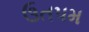
ઉતપમ